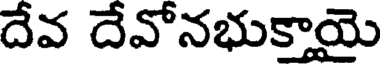
దేవ దేవోనభుకాయె